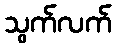
သွက်လက်